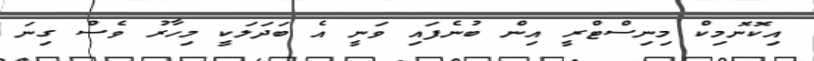
އިކޮނޮމިކް މިނިސްޓްރީ އިން ބުނެފައި ވަނީ އެ ބަދަލަކީ މިހާރު ވެސް ގިނަ